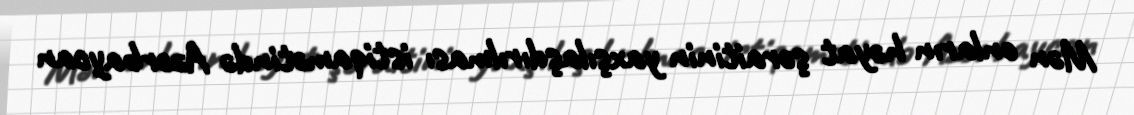
Mən onların həyat şəraitinin yaxşılaşdırılması istiqamətində Azərbaycan